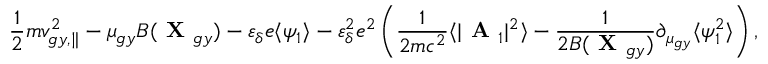
\frac { 1 } { 2 } m v _ { g y , \parallel } ^ { 2 } - \mu _ { g y } B ( \textbf { X } _ { g y } ) - \varepsilon _ { \delta } e \langle \psi _ { 1 } \rangle - \varepsilon _ { \delta } ^ { 2 } e ^ { 2 } \left( \frac { 1 } { 2 m c ^ { 2 } } \langle | \textbf { A } _ { 1 } | ^ { 2 } \rangle - \frac { 1 } { 2 B ( \textbf { X } _ { g y } ) } \partial _ { \mu _ { g y } } \langle \psi _ { 1 } ^ { 2 } \rangle \right) ,